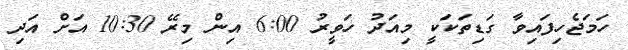
ހަމަޖެހިފައިވާ ގަޑިތަކަކީ މިއަދު ހަވީރު 6:00 އިން މިރޭ 10:30 އަށް އަދި